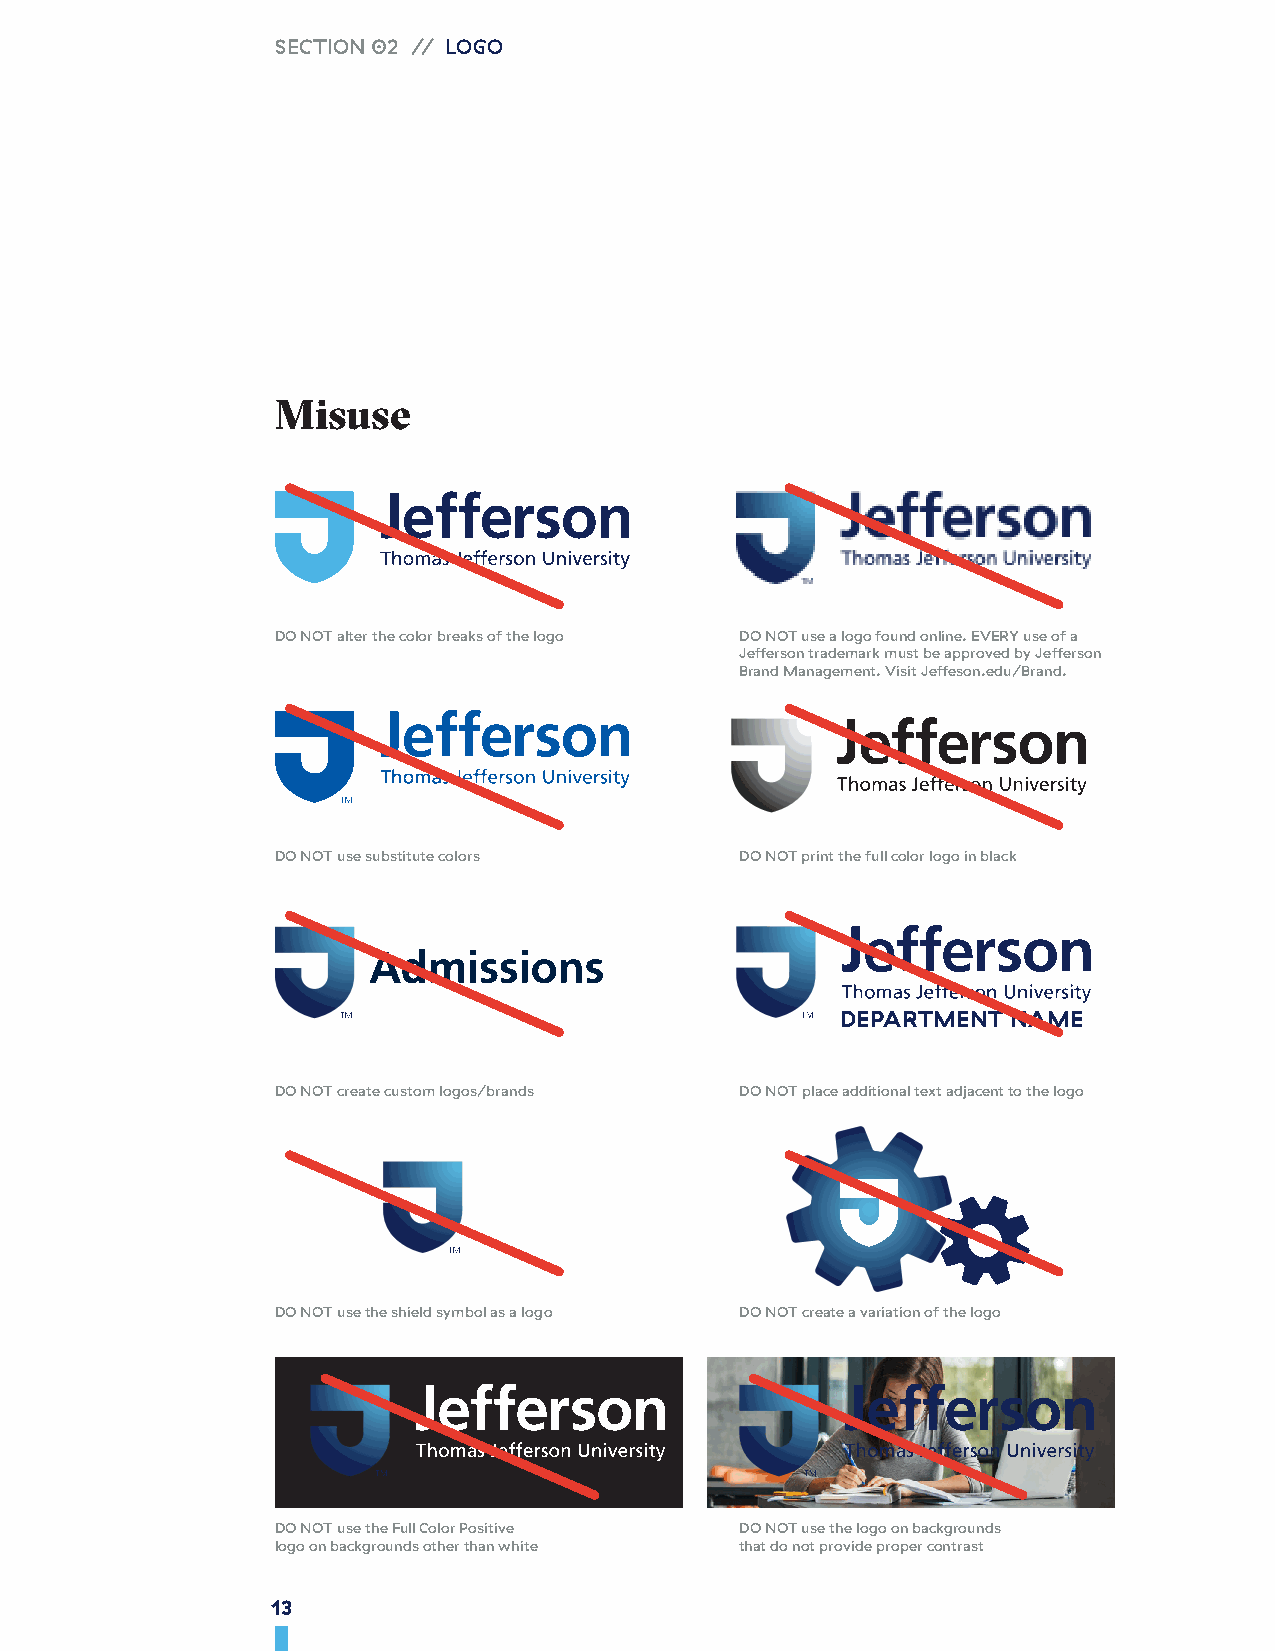
SECTION 02 // LOGO
 Misuse
 DO NOT alter the color breaks of the logo DO NOT use a logo found online. EVERY use of a
 Jefferson trademark must be approved by Jefferson
 Brand Management. Visit Jeffeson.edu/Brand.
 DO NOT use substitute colors   DO NOT print the full color logo in black
 DEPARTMENT NAME
 DO NOT create custom logos/brands DO NOT place additional text adjacent to the logo
 DO NOT use the shield symbol as a logo DO NOT create a variation of the logo
 DO NOT use the Full Color Positive DO NOT use the logo on backgrounds
 logo on backgrounds other than white that do not provide proper contrast
 13